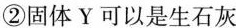
②固体Y可以是生石灰